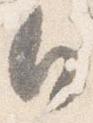
日